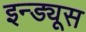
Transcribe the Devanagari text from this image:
इन्ड्यूस